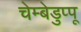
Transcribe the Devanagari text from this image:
चेम्बेडुप्पू